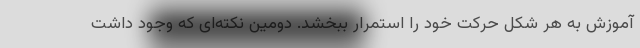
آموزش به هر شکل حرکت خود را استمرار ببخشد. دومین نکته‌ای که وجود داشت